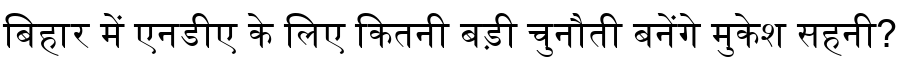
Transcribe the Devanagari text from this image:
बिहार में एनडीए के लिए कितनी बड़ी चुनौती बनेंगे मुकेश सहनी?